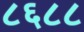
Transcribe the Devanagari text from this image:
८६८८